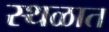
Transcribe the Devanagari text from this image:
स्थळात